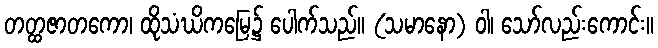
တတ္ထဇာတကော၊ ထိုသံဃိကမြေ၌ ပေါက်သည်။ (သမာနော) ဝါ၊ သော်လည်းကောင်း။